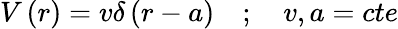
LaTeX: V\left(r\right)=v\delta\left(r-a\right)\quad;\quad v,a=cte